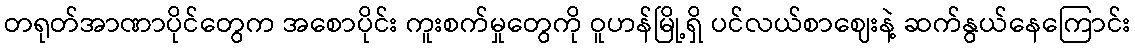
တရုတ်အာဏာပိုင်တွေက အစောပိုင်း ကူးစက်မှုတွေကို ဝူဟန်မြို့ရှိ ပင်လယ်စာဈေးနဲ့ ဆက်နွယ်နေကြောင်း